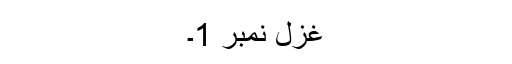
غزل نمبر 1۔